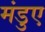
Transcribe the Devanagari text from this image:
मंडुए